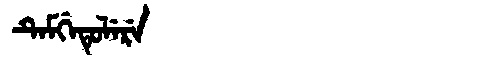
Manchu: ᡨᡝᠮᡤᡝᡨᡠᠯᡝᡵᡝ
Romanization: TEMGETULERE